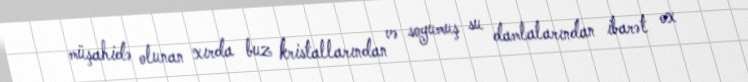
müşahidə olunan xırda buz kristallarından və soyumuş su damlalarından ibarət ox